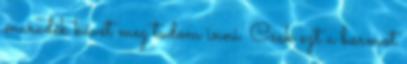
maradék kávét meg tudom inni. Csak ezt a barmot